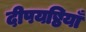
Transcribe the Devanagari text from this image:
दीपयष्ठियाँ